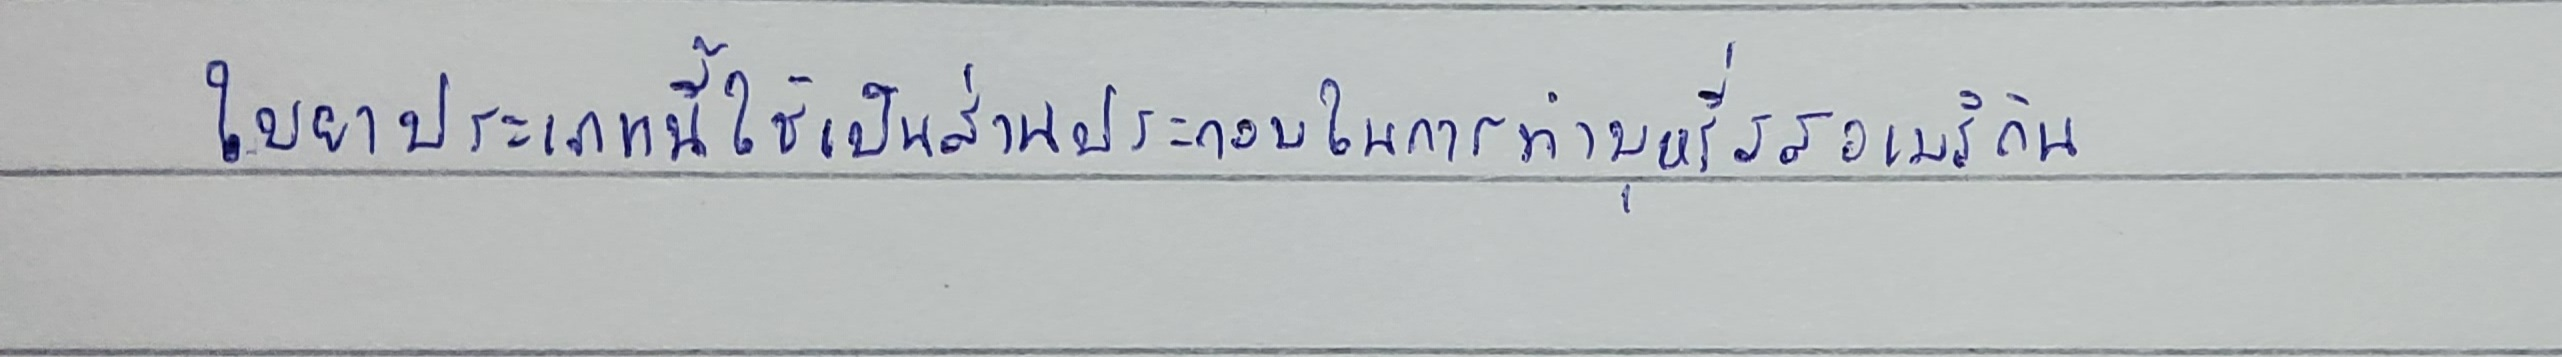
ใบยาประเภทนี้ใช้เป็นส่วนประกอบในการทำบุหรี่รสอเมริกัน